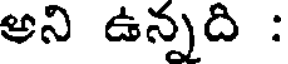
అని ఉన్నది :